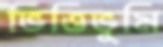
ভিত্তিভূমি